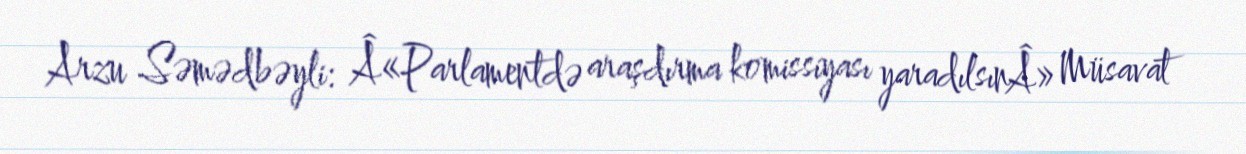
Arzu Səmədbəyli: Â«Parlamentdə araşdırma komissiyası yaradılsınÂ» Müsavat